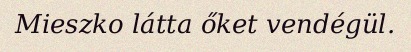
Mieszko látta őket vendégül.